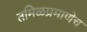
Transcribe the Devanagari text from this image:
तमिळप्रमाणेच